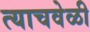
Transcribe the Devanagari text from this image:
त्‍याचवेळी